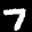
Label: 7